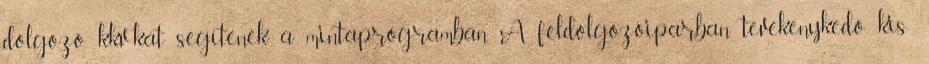
dolgozó kkv-kat segítenék a mintaprogramban A feldolgozóiparban tevékenykedő kis-